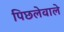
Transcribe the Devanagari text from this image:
पिछलेवाले